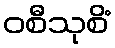
ဝစီသုစိံ